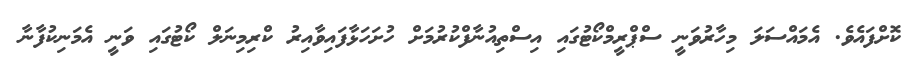
ކޮށްފައެވެ. އެމައްސަލަ މިހާރުވަނީ ސްޕްރީމްކޯޓުގައި އިސްތިއުނާފްކުރުމަށް ހުށަހަޅާފައިވާއިރު ކްރިމިނަލް ކޯޓުގައި ވަނީ އެމަނިކުފާނާ